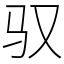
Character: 驭